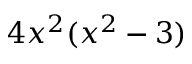
4 x ^ { 2 } ( x ^ { 2 } - 3 )